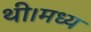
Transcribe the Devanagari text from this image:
थी।मध्य